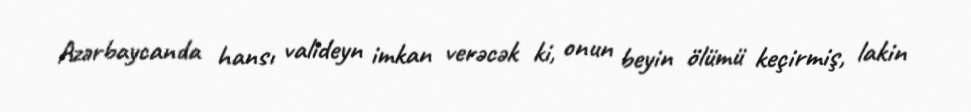
Azərbaycanda hansı valideyn imkan verəcək ki, onun beyin ölümü keçirmiş, lakin